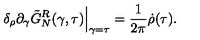
{ \delta _ { \rho } } { \partial _ { \gamma } } { \tilde { G } _ { N } ^ { R } } ( \gamma , \tau ) { \Big | _ { \mathrm { \scriptsize \gamma = \tau } } } = { \frac { 1 } { 2 \pi } } \dot { \rho } ( \tau ) .